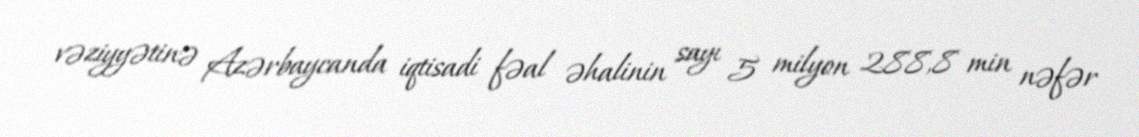
vəziyyətinə Azərbaycanda iqtisadi fəal əhalinin sayı 5 milyon 288,8 min nəfər